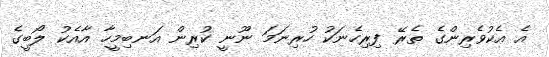
އެ އެކުވެރިންގެ ތެރޭ ފިރިހެނަކު ހުރިނަމަ ނޫނީ ކުރިން އަނބިމީހާ އާއެކު ލޯބީގެ